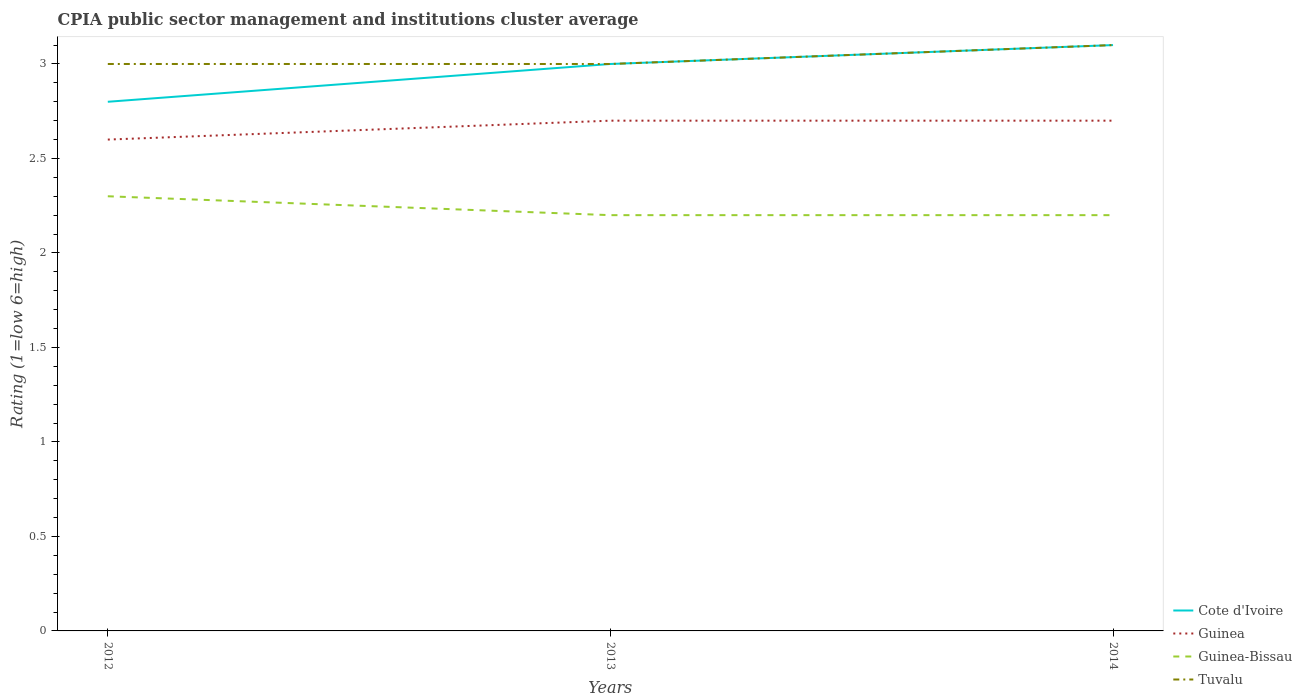
| Years | Cote d'Ivoire | Guinea | Guinea-Bissau | Tuvalu |
 | --- | --- | --- | --- | --- |
 | 2012 | 2.8 | 2.6 | 2.3 | 3 |
 | 2013 | 3 | 2.7 | 2.2 | 3 |
 | 2014 | 3.1 | 2.7 | 2.2 | 3.1 |